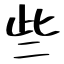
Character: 些